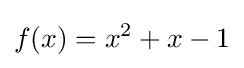
f(x)=x^{2}+x-1